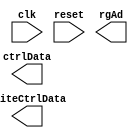
module phy_chip_conf_fsm(
    input clk,
    input reset,
    
    output [15:0] ctrlData,
    output [4:0]  rgAd,
    output        writeCtrlData
    
    );
    
    localparam [1:0] 
        idleState = 4'b0000,
        resetState = 4'b0001, 
        setData1State = 4'b0010,
        sendData1State = 4'b0011,
        wait1State = 4'b0100,
        setData2State = 4'b0101,
        sendData2State = 4'b0110,
        wait2State = 4'b0111,
        setData3State = 4'b1000,
        sendData3State = 4'b1001,
        wait3State = 4'b1010;
        
    reg state_reg, state_next;
    reg [31:0] counter;
    reg [15:0] ctrlData_reg;
    reg [4:0]  rgAd_reg;
    reg writeCtrlData_reg;
    reg reset_reg;
    
    always @(posedge clk) begin
        if(reset) begin
            state_reg <= idleState;
        end
        else begin
            state_reg <= state_next;
        end
    end
    
    always @(state_reg, counter, reset, reset_reg)  begin
        state_next = state_reg;
        
        case(state_reg)
            idleState:
                if(!reset && reset_reg)
                    state_next <= resetState;
            resetState: 
                state_next <= setData1State;
            setData1State:
            begin
                ctrlData_reg <= 1'b0;
                //rgAd_reg <= 5'd9;
                rgAd_reg <= 5'd0;
                writeCtrlData_reg <= 16'h2100; //nexys video: 16'h0200, arty a7: 16'h2100
                state_next <= sendData1State;
            end
            sendData1State:
            begin
                ctrlData_reg <= 1'b1;
                state_next <= wait1State;
            end
            wait1State:
            begin
                if(counter == 32'd1000000)
                    //state_next <= setData2State;
                    state_next <= idleState;
            end
            setData2State:
            begin
                ctrlData_reg <= 1'b0;
                rgAd_reg <= 5'd4;
                writeCtrlData_reg <= 16'h0000;
                state_next <= sendData2State;
            end
            sendData2State:
            begin
                ctrlData_reg <= 1'b1;
                state_next <= wait2State;
            end
            wait2State:
            begin
                if(counter == 32'd1000000)
                    state_next <= setData3State;
            end
            setData3State:
            begin
                ctrlData_reg <= 1'b0;
                rgAd_reg <= 5'd0;
                writeCtrlData_reg <= 16'h9000;
                state_next <= sendData3State;
            end
            sendData3State:
            begin
                ctrlData_reg <= 1'b1;
                state_next <= wait3State;
            end
            wait3State:
            begin
                if(counter == 32'd1000000)
                    state_next <= idleState;
            end 
        endcase
    end
    
    always @(posedge clk) begin
        reset_reg <= reset;
    end
    
    always @(posedge clk) begin
        if(reset)
            counter <= 1'b0;
        else begin
            if((state_reg == wait1State) || (state_reg == wait2State) || (state_reg == wait3State))
                counter <= counter + 1'b1;
            else
                counter <= 1'b0;
        end
    end

    assign ctrlData = ctrlData_reg;
    assign rgAd = rgAd_reg;
    assign writeCtrlData = writeCtrlData_reg;
    
    
endmodule